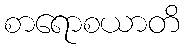
စာရောစယာတိ